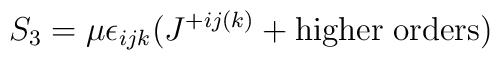
S_3 = \mu \epsilon_{ijk} (J^{+ij(k)} + {\rm higher \; orders})